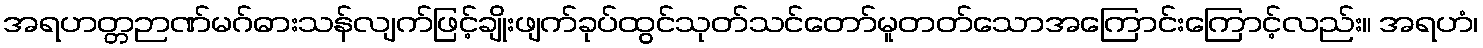
အရဟတ္တဉာဏ်မဂ်ဓားသန်လျက်ဖြင့်ချိုးဖျက်ခုပ်ထွင်သုတ်သင်တော်မူတတ်သောအကြောင်းကြောင့်လည်း။ အရဟံ၊